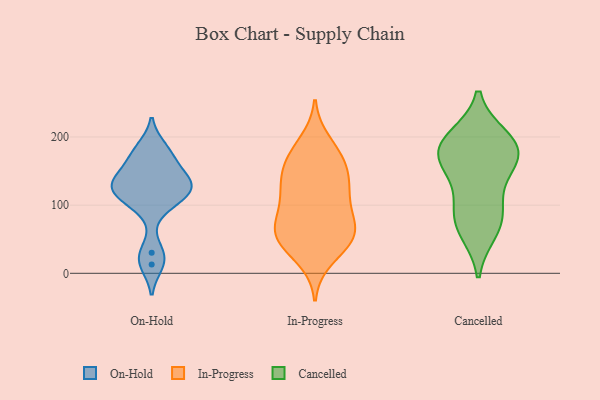
{"axis": {"x": "Inventory Turnover", "y": "Value"}, "legend": ["Cancelled", "In-Progress", "On-Hold"], "data": [{"x": "", "y": 128, "type": "On-Hold"}, {"x": "", "y": 109, "type": "On-Hold"}, {"x": "", "y": 130, "type": "On-Hold"}, {"x": "", "y": 129, "type": "On-Hold"}, {"x": "", "y": 13, "type": "On-Hold"}, {"x": "", "y": 30, "type": "On-Hold"}, {"x": "", "y": 184, "type": "On-Hold"}, {"x": "", "y": 102, "type": "On-Hold"}, {"x": "", "y": 131, "type": "On-Hold"}, {"x": "", "y": 172, "type": "On-Hold"}, {"x": "", "y": 155, "type": "On-Hold"}, {"x": "", "y": 140, "type": "In-Progress"}, {"x": "", "y": 71, "type": "In-Progress"}, {"x": "", "y": 111, "type": "In-Progress"}, {"x": "", "y": 57, "type": "In-Progress"}, {"x": "", "y": 55, "type": "In-Progress"}, {"x": "", "y": 22, "type": "In-Progress"}, {"x": "", "y": 90, "type": "In-Progress"}, {"x": "", "y": 74, "type": "In-Progress"}, {"x": "", "y": 170, "type": "In-Progress"}, {"x": "", "y": 53, "type": "In-Progress"}, {"x": "", "y": 166, "type": "In-Progress"}, {"x": "", "y": 116, "type": "In-Progress"}, {"x": "", "y": 134, "type": "In-Progress"}, {"x": "", "y": 192, "type": "In-Progress"}, {"x": "", "y": 44, "type": "In-Progress"}, {"x": "", "y": 51, "type": "In-Progress"}, {"x": "", "y": 131, "type": "In-Progress"}, {"x": "", "y": 170, "type": "In-Progress"}, {"x": "", "y": 89, "type": "Cancelled"}, {"x": "", "y": 176, "type": "Cancelled"}, {"x": "", "y": 150, "type": "Cancelled"}, {"x": "", "y": 177, "type": "Cancelled"}, {"x": "", "y": 199, "type": "Cancelled"}, {"x": "", "y": 62, "type": "Cancelled"}, {"x": "", "y": 161, "type": "Cancelled"}, {"x": "", "y": 197, "type": "Cancelled"}, {"x": "", "y": 103, "type": "Cancelled"}, {"x": "", "y": 70, "type": "Cancelled"}, {"x": "", "y": 182, "type": "Cancelled"}]}